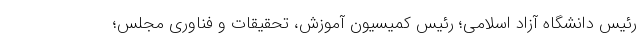
رئیس دانشگاه آزاد اسلامی؛ رئیس کمیسیون آموزش، تحقیقات و فناوری مجلس؛